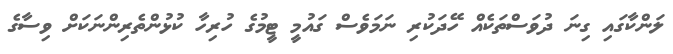
ލަންކާގައި ގިނަ ދުވަސްތަކެއް ހޭދަކުރި ނަމަވެސް ގައުމީ ޓީމުގެ ހުރިހާ ކުޅުންތެރިންނަކަށް ވިސާގެ